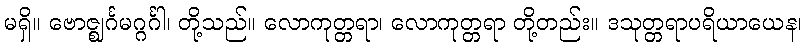
မရှိ။ ဗောဇ္ဈင်္ဂမဂ္ဂင်္ဂါ၊ တို့သည်။ လောကုတ္တရာ၊ လောကုတ္တရာ တို့တည်း။ ဒသုတ္တရာပရိယာယေန၊